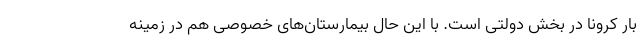
بار کرونا در بخش دولتی است. با این حال بیمارستان‌های خصوصی هم در زمینه